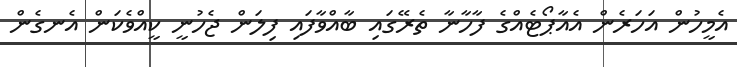
އެމީހުން އަހަރެން އެއާޕޯޓެއްގެ ފާހާނާ ތެރޭގައި ބާއްވާފައި ފިލަން ޖެހުނީ ކީއްވެކަން އެނގެން